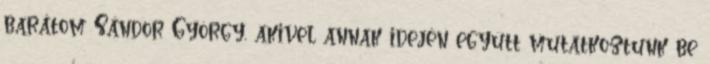
barátom Sándor György, akivel annak idején együtt mutatkoztunk be